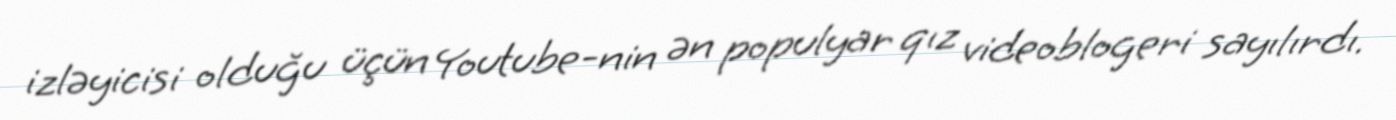
izləyicisi olduğu üçün Youtube-nin ən populyar qız videoblogeri sayılırdı.